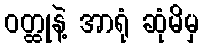
ဝတ္ထုနဲ့ အာရုံ ဆုံမိမှ